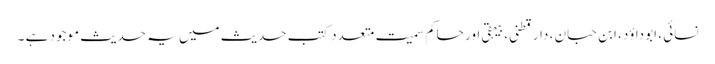
نسائی ، ابوداؤد، ابن حبان ، دارقطنی،بیہقی اور حاکم سمیت متعدد کتب حدیث میں یہ حدیث موجود ہے ۔